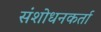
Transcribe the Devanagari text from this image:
संशोधनकर्ता